Civil Veterinary Dept. Bombay admin report 1932-41 - 1932-1941
Year: 1932
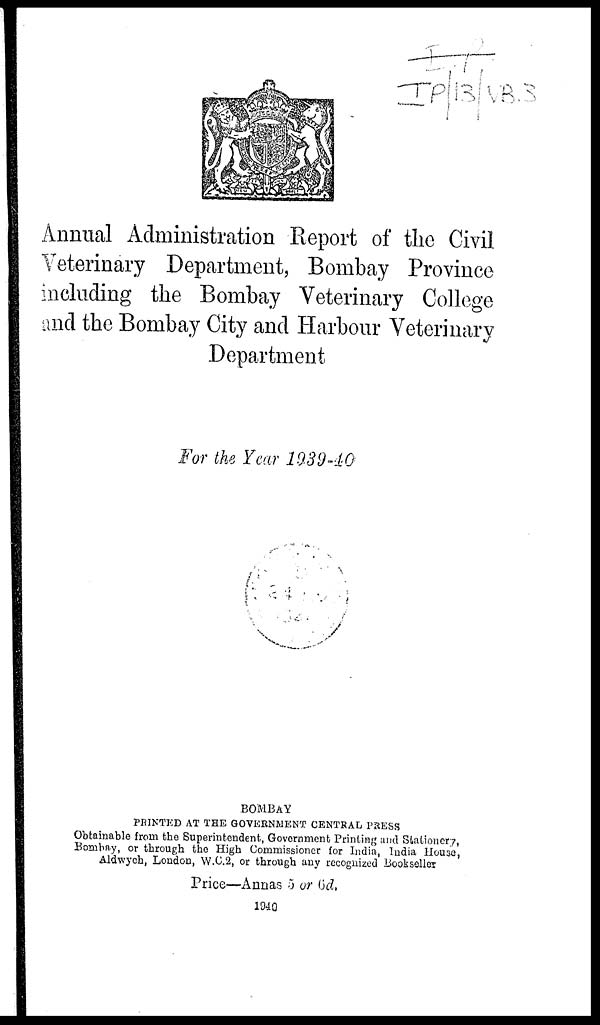
Annual Administration Report of the Civil
Veterinary Department, Bombay Province
including the Bombay Veterinary College
and the Bombay City and Harbour Veterinary
Department
For the Year 1939-40
BOMBAY
PRINTED AT THE GOVERNMENT CENTRAL PRESS
Obtainable from the Superintendent, Government Printing and Stationery,
Bombay, or through the High Commissioner for India, India House,
Aldwych, London, W.C.2, or through any recognized Bookseller
Price—Annas 5 or 6d.
1940